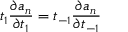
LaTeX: t _ { 1 } \frac { \partial a _ { n } } { \partial t _ { 1 } } = t _ { - 1 } \frac { \partial a _ { n } } { \partial t _ { - 1 } }